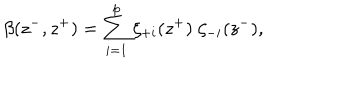
\beta ( z ^ { - } , z ^ { + } ) = \sum _ { i = 1 } ^ { p } \zeta _ { + i } ( z ^ { + } ) \; \zeta _ { - i } ( z ^ { - } ) ,